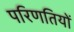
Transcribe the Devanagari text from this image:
परिणतियों